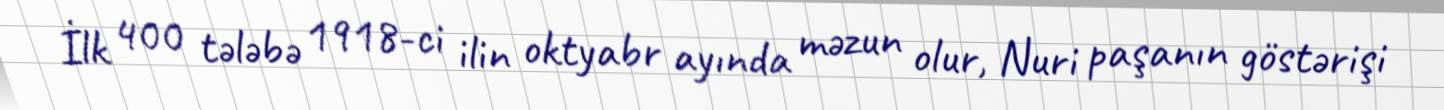
İlk 400 tələbə 1918-ci ilin oktyabr ayında məzun olur, Nuri paşanın göstərişi